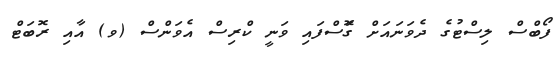
ފޯބްސް ލިސްޓުގެ ދެވަނައަށް ގޮަސްފައި ވަނީ ކްރިސް އެވަންސް (ވ) އާއި ރޮބަޓް